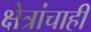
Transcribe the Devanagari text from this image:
क्षेत्रांचाही